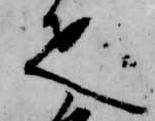
疋